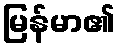
မြန်မာ၏